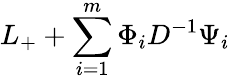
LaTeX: L_{+}+\sum_{i=1}^{m}\Phi_{i}D^{-1}\Psi_{i}